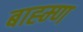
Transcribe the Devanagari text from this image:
बाह्म्ण